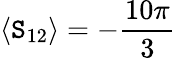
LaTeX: \langle\mathtt{S}_{12}\rangle=-\frac{{10\pi}}{{3}}